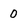
Character: 0